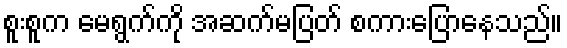
စူးစူက မေရွက်ကို အဆက်မပြတ် စကားပြောနေသည်။